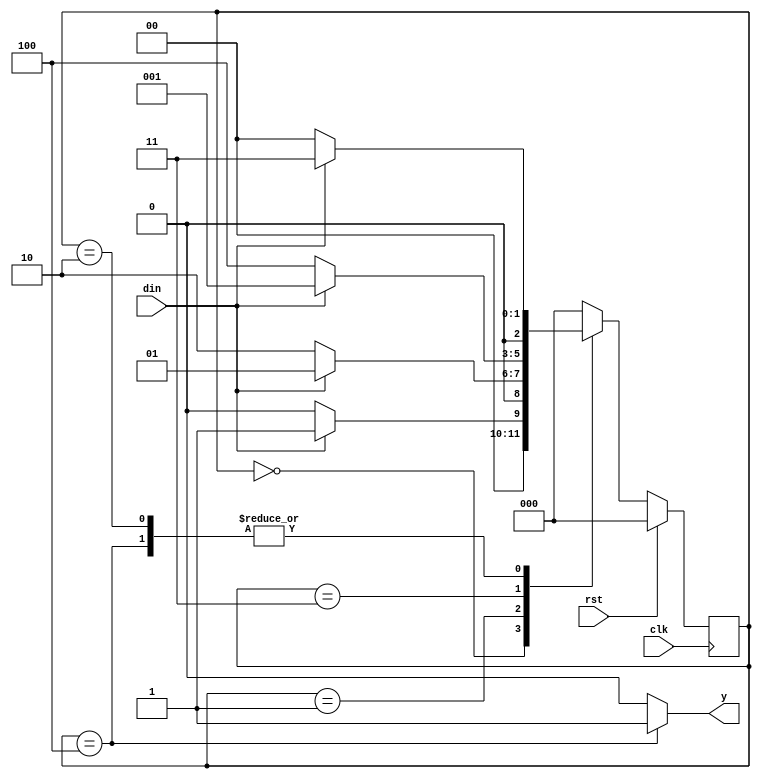
`timescale 1ns / 1ps
//////////////////////////////////////////////////////////////////////////////////
// Company: 
// Engineer: 
// 
// Design Name: 
// Module Name: moore_overlap
// Project Name: 
// Target Devices: 
// Tool Versions: 
// Description: 
// 
// Dependencies: 
// 
// Revision:
// Revision 0.01 - File Created
// Additional Comments:
// 
//////////////////////////////////////////////////////////////////////////////////


module moore_overlap(

    input din,
    input clk,
    input rst,
    output reg y
    );
    reg [2:0] ps,ns; 
    parameter [2:0]s0=3'b000; 
    parameter [2:0]s1=3'b001;
    parameter [2:0]s2=3'b010;
    parameter [2:0]s3=3'b011; 
    parameter [2:0]s4=3'b100;
    always@(posedge clk) 
    begin 
        if(rst) 
            begin 
                ps<=s0; 
                
            end
            else
            ps<=ns;
            end
        always @(ps or din)
            begin 
                case(ps)
                s0:begin 
                    y<=1'b0;
                    if(din) 
                        ns<=s1; 
                    else 
                        ns<=s0;
                   end
                
                s1:begin 
                    y<=1'b0;
                    if(din) 
                        ns<=s1; 
                    else 
                        ns<=s2;
                   end
                 s2:begin 
                    y<=1'b0;
                    if(din) 
                        ns<=s3; 
                    else 
                        ns<=s0;
                   end
                  s3:begin 
                    y<=1'b0;
                    if(din) 
                        ns<=s1; 
                    else 
                        ns<=s4;
                   end
                  s4:begin 
                    y<=1'b1;
                    if(!din) 
                        ns<=s0; 
                    else 
                        ns<=s3;
                    end
                  default:begin 
                        y<=1'b0; 
                        ns<=s0;
                  end
                endcase
            end
    
endmodule